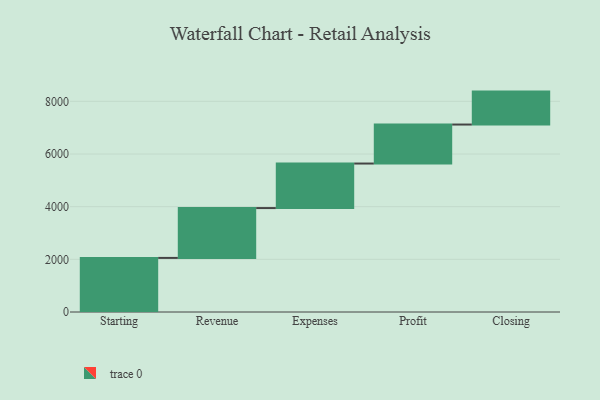
{"axis": {"x": "Step", "y": "Value"}, "legend": [""], "data": [{"x": "Starting", "y": 2054.0, "type": ""}, {"x": "Revenue", "y": 1893.0, "type": ""}, {"x": "Expenses", "y": 1691.0, "type": ""}, {"x": "Profit", "y": 1481.0, "type": ""}, {"x": "Closing", "y": 1251.0, "type": ""}]}